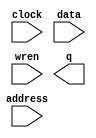
// megafunction wizard: %RAM: 1-PORT%VBB%
// GENERATION: STANDARD
// VERSION: WM1.0
// MODULE: altsyncram 

// ============================================================
// Megafunction Name(s):
// 			altsyncram
//
// Simulation Library Files(s):
// 			altera_mf
// ============================================================
// ************************************************************
// THIS IS A WIZARD-GENERATED FILE. DO NOT EDIT THIS FILE!
//
// 16.0.0 Build 211 04/27/2016 SJ Standard Edition
// ************************************************************

//Copyright (C) 1991-2016 Altera Corporation. All rights reserved.
//Your use of Altera Corporation's design tools, logic functions 
//and other software and tools, and its AMPP partner logic 
//functions, and any output files from any of the foregoing 
//(including device programming or simulation files), and any 
//associated documentation or information are expressly subject 
//to the terms and conditions of the Altera Program License 
//Subscription Agreement, the Altera Quartus Prime License Agreement,
//the Altera MegaCore Function License Agreement, or other 
//applicable license agreement, including, without limitation, 
//that your use is for the sole purpose of programming logic 
//devices manufactured by Altera and sold by Altera or its 
//authorized distributors.  Please refer to the applicable 
//agreement for further details.

module blackRam (
	address,
	clock,
	data,
	wren,
	q);

	input	[14:0]  address;
	input	  clock;
	input	[2:0]  data;
	input	  wren;
	output	[2:0]  q;
`ifndef ALTERA_RESERVED_QIS
// synopsys translate_off
`endif
	tri1	  clock;
`ifndef ALTERA_RESERVED_QIS
// synopsys translate_on
`endif

endmodule

// ============================================================
// CNX file retrieval info
// ============================================================
// Retrieval info: PRIVATE: ADDRESSSTALL_A NUMERIC "0"
// Retrieval info: PRIVATE: AclrAddr NUMERIC "0"
// Retrieval info: PRIVATE: AclrByte NUMERIC "0"
// Retrieval info: PRIVATE: AclrData NUMERIC "0"
// Retrieval info: PRIVATE: AclrOutput NUMERIC "0"
// Retrieval info: PRIVATE: BYTE_ENABLE NUMERIC "0"
// Retrieval info: PRIVATE: BYTE_SIZE NUMERIC "8"
// Retrieval info: PRIVATE: BlankMemory NUMERIC "1"
// Retrieval info: PRIVATE: CLOCK_ENABLE_INPUT_A NUMERIC "0"
// Retrieval info: PRIVATE: CLOCK_ENABLE_OUTPUT_A NUMERIC "0"
// Retrieval info: PRIVATE: Clken NUMERIC "0"
// Retrieval info: PRIVATE: DataBusSeparated NUMERIC "1"
// Retrieval info: PRIVATE: IMPLEMENT_IN_LES NUMERIC "0"
// Retrieval info: PRIVATE: INIT_FILE_LAYOUT STRING "PORT_A"
// Retrieval info: PRIVATE: INIT_TO_SIM_X NUMERIC "0"
// Retrieval info: PRIVATE: INTENDED_DEVICE_FAMILY STRING "Cyclone V"
// Retrieval info: PRIVATE: JTAG_ENABLED NUMERIC "0"
// Retrieval info: PRIVATE: JTAG_ID STRING "NONE"
// Retrieval info: PRIVATE: MAXIMUM_DEPTH NUMERIC "0"
// Retrieval info: PRIVATE: MIFfilename STRING ""
// Retrieval info: PRIVATE: NUMWORDS_A NUMERIC "32768"
// Retrieval info: PRIVATE: RAM_BLOCK_TYPE NUMERIC "0"
// Retrieval info: PRIVATE: READ_DURING_WRITE_MODE_PORT_A NUMERIC "3"
// Retrieval info: PRIVATE: RegAddr NUMERIC "1"
// Retrieval info: PRIVATE: RegData NUMERIC "1"
// Retrieval info: PRIVATE: RegOutput NUMERIC "0"
// Retrieval info: PRIVATE: SYNTH_WRAPPER_GEN_POSTFIX STRING "0"
// Retrieval info: PRIVATE: SingleClock NUMERIC "1"
// Retrieval info: PRIVATE: UseDQRAM NUMERIC "1"
// Retrieval info: PRIVATE: WRCONTROL_ACLR_A NUMERIC "0"
// Retrieval info: PRIVATE: WidthAddr NUMERIC "15"
// Retrieval info: PRIVATE: WidthData NUMERIC "3"
// Retrieval info: PRIVATE: rden NUMERIC "0"
// Retrieval info: LIBRARY: altera_mf altera_mf.altera_mf_components.all
// Retrieval info: CONSTANT: CLOCK_ENABLE_INPUT_A STRING "BYPASS"
// Retrieval info: CONSTANT: CLOCK_ENABLE_OUTPUT_A STRING "BYPASS"
// Retrieval info: CONSTANT: INTENDED_DEVICE_FAMILY STRING "Cyclone V"
// Retrieval info: CONSTANT: LPM_HINT STRING "ENABLE_RUNTIME_MOD=NO"
// Retrieval info: CONSTANT: LPM_TYPE STRING "altsyncram"
// Retrieval info: CONSTANT: NUMWORDS_A NUMERIC "32768"
// Retrieval info: CONSTANT: OPERATION_MODE STRING "SINGLE_PORT"
// Retrieval info: CONSTANT: OUTDATA_ACLR_A STRING "NONE"
// Retrieval info: CONSTANT: OUTDATA_REG_A STRING "UNREGISTERED"
// Retrieval info: CONSTANT: POWER_UP_UNINITIALIZED STRING "FALSE"
// Retrieval info: CONSTANT: READ_DURING_WRITE_MODE_PORT_A STRING "NEW_DATA_NO_NBE_READ"
// Retrieval info: CONSTANT: WIDTHAD_A NUMERIC "15"
// Retrieval info: CONSTANT: WIDTH_A NUMERIC "3"
// Retrieval info: CONSTANT: WIDTH_BYTEENA_A NUMERIC "1"
// Retrieval info: USED_PORT: address 0 0 15 0 INPUT NODEFVAL "address[14..0]"
// Retrieval info: USED_PORT: clock 0 0 0 0 INPUT VCC "clock"
// Retrieval info: USED_PORT: data 0 0 3 0 INPUT NODEFVAL "data[2..0]"
// Retrieval info: USED_PORT: q 0 0 3 0 OUTPUT NODEFVAL "q[2..0]"
// Retrieval info: USED_PORT: wren 0 0 0 0 INPUT NODEFVAL "wren"
// Retrieval info: CONNECT: @address_a 0 0 15 0 address 0 0 15 0
// Retrieval info: CONNECT: @clock0 0 0 0 0 clock 0 0 0 0
// Retrieval info: CONNECT: @data_a 0 0 3 0 data 0 0 3 0
// Retrieval info: CONNECT: @wren_a 0 0 0 0 wren 0 0 0 0
// Retrieval info: CONNECT: q 0 0 3 0 @q_a 0 0 3 0
// Retrieval info: GEN_FILE: TYPE_NORMAL blackRam.v TRUE
// Retrieval info: GEN_FILE: TYPE_NORMAL blackRam.inc FALSE
// Retrieval info: GEN_FILE: TYPE_NORMAL blackRam.cmp FALSE
// Retrieval info: GEN_FILE: TYPE_NORMAL blackRam.bsf FALSE
// Retrieval info: GEN_FILE: TYPE_NORMAL blackRam_inst.v FALSE
// Retrieval info: GEN_FILE: TYPE_NORMAL blackRam_bb.v TRUE
// Retrieval info: LIB_FILE: altera_mf